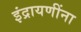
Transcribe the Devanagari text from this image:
इंद्रायणींना